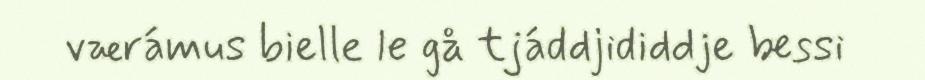
værámus bielle le gå tjáddjididdje bessi